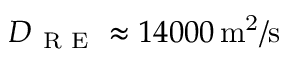
D _ { \mathrm { ~ R ~ E ~ } } \approx 1 4 0 0 0 \ensuremath { \, \mathrm { m ^ { 2 } / s } }